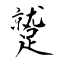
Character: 蹵